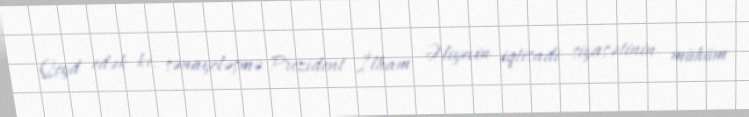
Qeyd edək ki, sənayeləşmə Prezident İlham Əliyevin iqtisadi siyasətinin mühüm